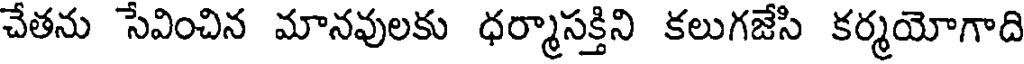
చేతను సేవించిన మానవులకు ధర్మాసక్తిని కలుగజేసి కర్మయోగాది